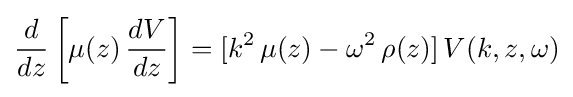
{\frac {d}{dz}}\left[\mu (z)\,{\frac {dV}{dz}}\right]=[k^{2}\,\mu (z)-\omega ^{2}\,\rho (z)]\,V(k,z,\omega )